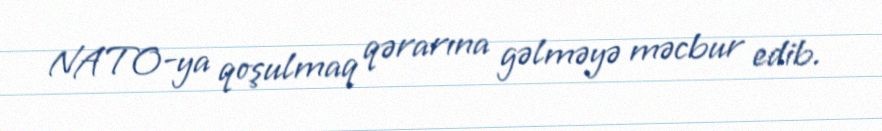
NATO-ya qoşulmaq qərarına gəlməyə məcbur edib.